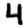
Digit: 4